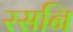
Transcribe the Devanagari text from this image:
रसनि